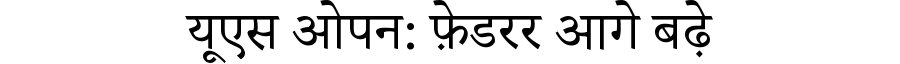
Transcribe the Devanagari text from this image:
यूएस ओपन: फ़ेडरर आगे बढ़े